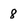
Character: 8